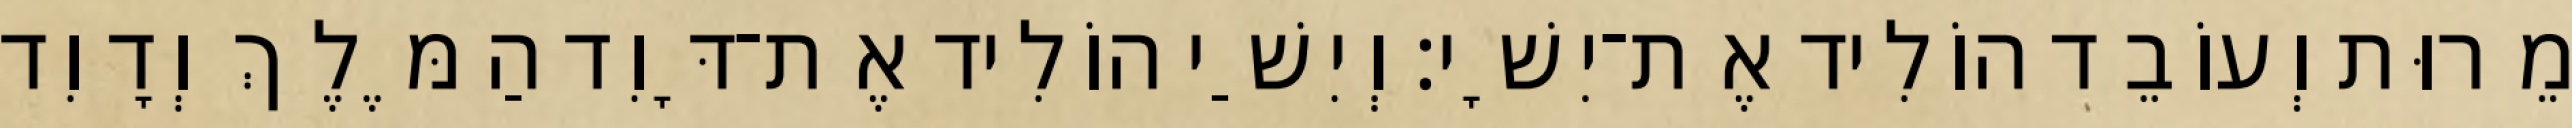
מֵרוּת וְעוֹבֵד הוֹלִיד אֶת־יִשָׁי׃ וְיִשַׁי הוֹלִיד אֶת־דָּוִד הַמֶּלֶךְ וְדָוִד